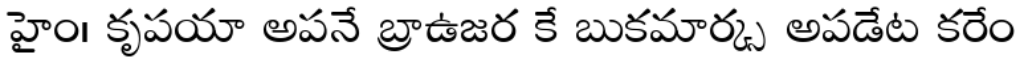
హైం। కృపయా అపనే బ్రాఉజర కే బుకమార్క్స అపడేట కరేం